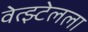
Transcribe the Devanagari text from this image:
वेत्झ्टेलला